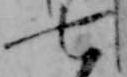
七